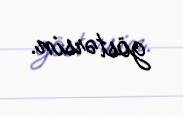
göstərsin.